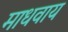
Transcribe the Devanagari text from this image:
माधवाय